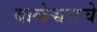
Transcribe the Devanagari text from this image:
बाळेश्वराचे